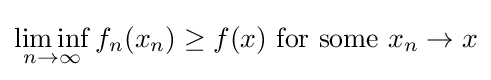
\liminf _{n\to \infty }f_{n}(x_{n})\geq f(x){\text{ for some }}x_{n}\to x